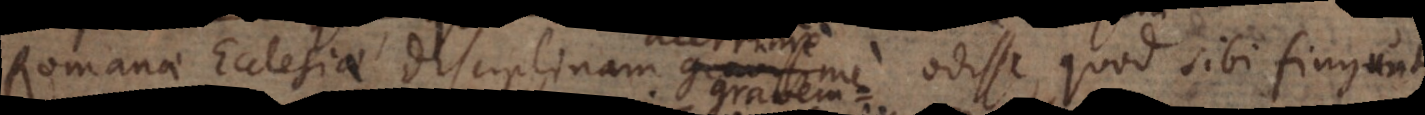
Romanae Ecclesiae disciplinam acerrime odisse, quod imaginantur